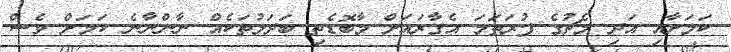
ކަމަށާއި އަދި މެޗުގެ ފުރަތަމަ އެގާރައަށް މާބޮޑެތި ބަދަލުތަކެއް ނާންނާނެ ކަމަށް ވެސް